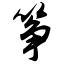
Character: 筝